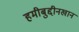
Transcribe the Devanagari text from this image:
हमीबुद्दीनखान